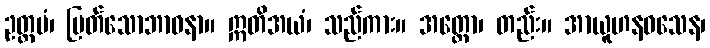
ဥတ္တမံ၊ မြတ်သောဘာဝနာ။ ဣတိအယံ၊ သည်ကား။ အတ္ထော၊ တည်း။ အာယူဟနဝသေန၊